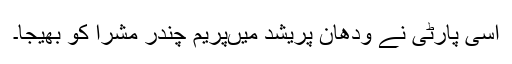
اسی پارٹی نے ودھان پریشد میںپریم چندر مشرا کو بھیجا۔